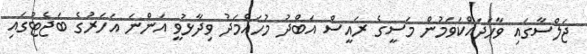
ޖަލްސާގައި ވާހަދައްކަވަމުން މަސީގެ ރައީސް އަބްދު މުހައްމަދު ވިދާޅުވީ އަންނަ އަހަރުގެ ބަޖެޓުގައި